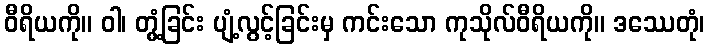
ဝီရိယကို။ ဝါ၊ တွံ့ခြင်း ပျံ့လွင့်ခြင်းမှ ကင်းသော ကုသိုလ်ဝီရိယကို။ ဒဿေတုံ၊